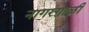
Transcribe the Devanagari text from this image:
नागरगाळी